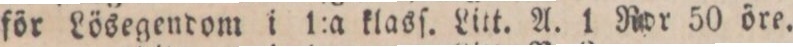
för Lösegendom i 1:a klasſ. Litt. A. 1 Rdr. 50 öre.